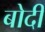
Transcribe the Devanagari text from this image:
बोदी